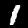
Label: 1